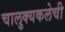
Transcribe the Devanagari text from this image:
चालुक्यकलेची